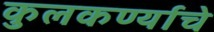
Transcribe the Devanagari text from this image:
कुलकर्ण्याचे